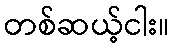
တစ်ဆယ့်ငါး။